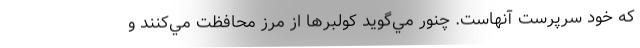
كه خود سرپرست آنهاست. چنور مي‌گويد كولبرها از مرز محافظت مي‌كنند و